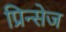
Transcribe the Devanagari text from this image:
प्रिन्सेज